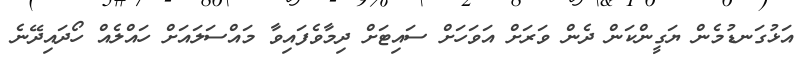
އަޅުގަނޑުމެން ޔަގީންކަން ދެން ވަރަށް އަވަހަށް ސައިޓަށް ދިމާވެފައިވާ މައްސަލައަށް ހައްލެއް ހޯދައިދޭނެ